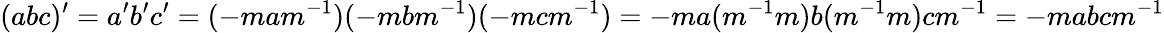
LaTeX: (abc)^{\prime}=a^{\prime}b^{\prime}c^{\prime}=(-mam^{-1})(-mbm^{-1})(-mcm^{-1})=-ma(m^{-1}m)b(m^{-1}m)cm^{-1}=-mabcm^{-1}